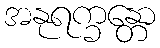
အနုရက္ခန္တော